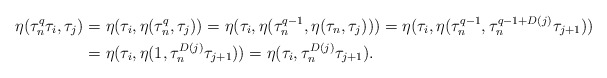
\begin{align*} \eta(\tau_n^q\tau_i, \tau_j)&=\eta(\tau_i, \eta(\tau_n^q, \tau_j))=\eta(\tau_i, \eta(\tau_n^{q-1}, \eta(\tau_n, \tau_j)))=\eta(\tau_i, \eta(\tau_n^{q-1}, \tau_n^{q-1+D(j)}\tau_{j+1}))\\&=\eta(\tau_i, \eta(1, \tau_n^{D(j)}\tau_{j+1}))=\eta(\tau_i, \tau_n^{D(j)}\tau_{j+1}). \end{align*}